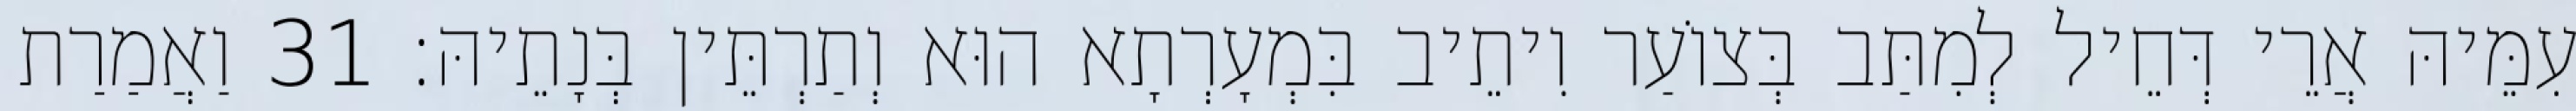
עִמֵּיהּ אֲרֵי דְּחֵיל לְמִתַּב בְּצוֹעַר וִיתֵיב בִּמְעָרְתָא הוּא וְתַרְתֵּין בְּנָתֵיהּ׃ 31 וַאֲמַרַת